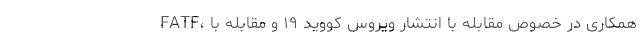
FATF، همکاری در خصوص مقابله با انتشار ویروس کووید ۱۹ و مقابله با